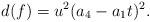
LaTeX: \begin{align*} d(f)=u^2(a_4-a_1t)^2.\end{align*}